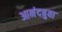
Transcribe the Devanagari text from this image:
आनंदबुवा